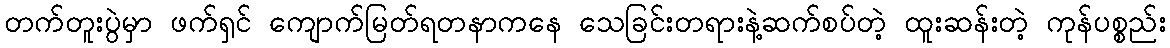
တက်တူးပွဲမှာ ဖက်ရှင် ကျောက်မြတ်ရတနာကနေ သေခြင်းတရားနဲ့ဆက်စပ်တဲ့ ထူးဆန်းတဲ့ ကုန်ပစ္စည်း